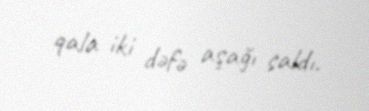
qala iki dəfə aşağı saldı.